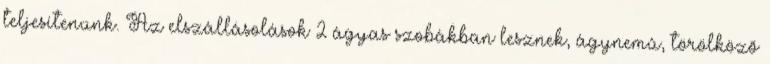
teljesítenünk. Az elszállásolások 2 ágyas szobákban lesznek, ágynemû, törölközõ